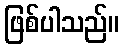
ဖြစ်ပါသည်။